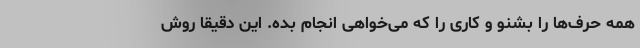
همه حرف‌ها را بشنو و کاری را که می‌خواهی انجام بده. این دقیقا روش